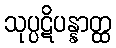
သုပ္ပဋိပန္နာတ္ထ